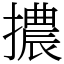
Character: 擃